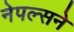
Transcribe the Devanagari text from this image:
नेपल्सने